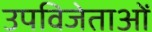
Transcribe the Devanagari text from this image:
उपविजेताओं